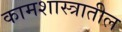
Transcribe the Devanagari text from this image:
कामशास्त्रातील